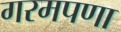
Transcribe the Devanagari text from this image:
गरमपणा